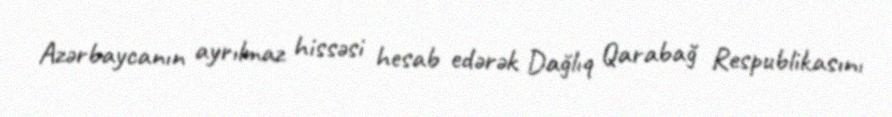
Azərbaycanın ayrılmaz hissəsi hesab edərək Dağlıq Qarabağ Respublikasını